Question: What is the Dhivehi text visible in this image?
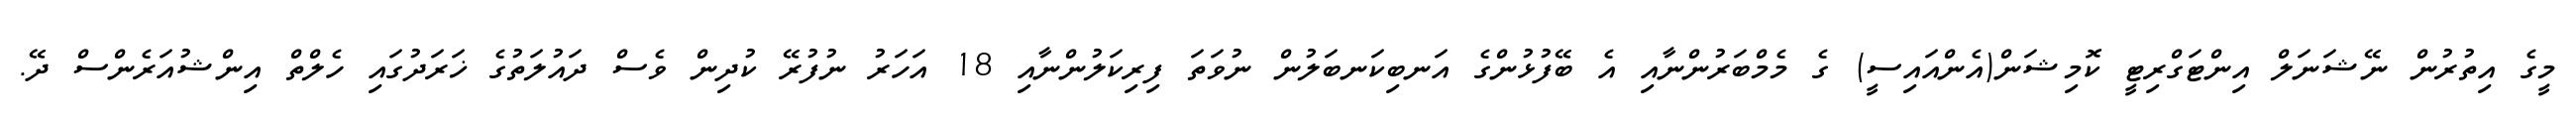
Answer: މީގެ އިތުރުން ނޭޝަނަލް އިންޓަގްރިޓީ ކޮމިޝަން(އެންއައިސީ) ގެ މެމްބަރުންނާއި އެ ބޭފުޅުންގެ އަނބިކަނބަލުން ނުވަތަ ފިރިކަލުންނާއި 18 އަހަރު ނުފުރޭ ކުދިން ވެސް ދައުލަތުގެ ޚަރަދުގައި ހެލްތް އިންޝުއަރެންސް ދޭ.